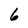
Character: 6